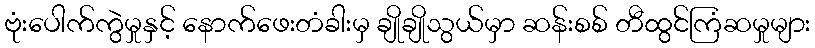
ဗုံးပေါက်ကွဲမှုနှင့် နောက်ဖေးတံခါးမှ ချိုချိုသွယ်မှာ ဆန်းစစ် တီထွင်ကြံဆမှုများ